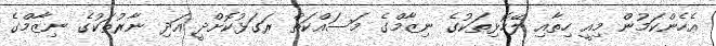
އެހެންކަމުން މިއީ ހިތާއި ލޭހޮޅިތަކުގެ ނިޒާމްގެ މަސައްކަތް ރަގަޅުކޮށްދީ އަދި ނާރުތަކުގެ ނިޒާމްގެ